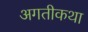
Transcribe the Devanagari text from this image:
अगतीकथा